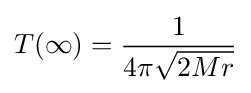
T(\infty )={\frac {1}{4\pi {\sqrt {2Mr}}}}